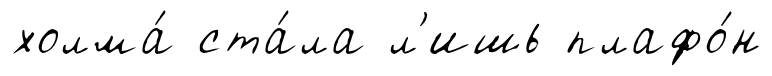
холма́ ста́ла л'ишь плафо́н